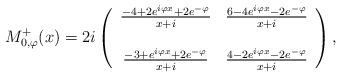
\begin{align*}M_{0, \varphi}^{+}(x) =2 i \left(\begin{array}{cc}\frac{-4 + 2 e^{i \varphi x} + 2 e^{- \varphi}}{x + i} & \frac{6 - 4 e^{i \varphi x} - 2 e^{- \varphi}}{x + i} \\& \\\frac{- 3 + e^{i \varphi x} + 2 e^{- \varphi}}{x + i} & \frac{4 - 2 e^{i \varphi x} - 2 e^{- \varphi}}{x + i}\end{array}\right),\end{align*}